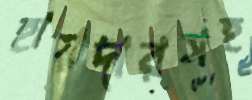
হায়দারসহ